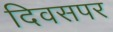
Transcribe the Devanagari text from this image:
दिवसपर